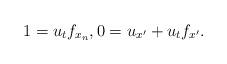
LaTeX: \begin{align*}1 =u_{t}f_{x_{n}},0 =u_{x'}+u_{t}f_{x'}.\end{align*}